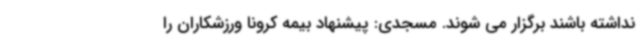
نداشته باشند برگزار می شوند. مسجدی: پیشنهاد بیمه کرونا ورزشکاران را